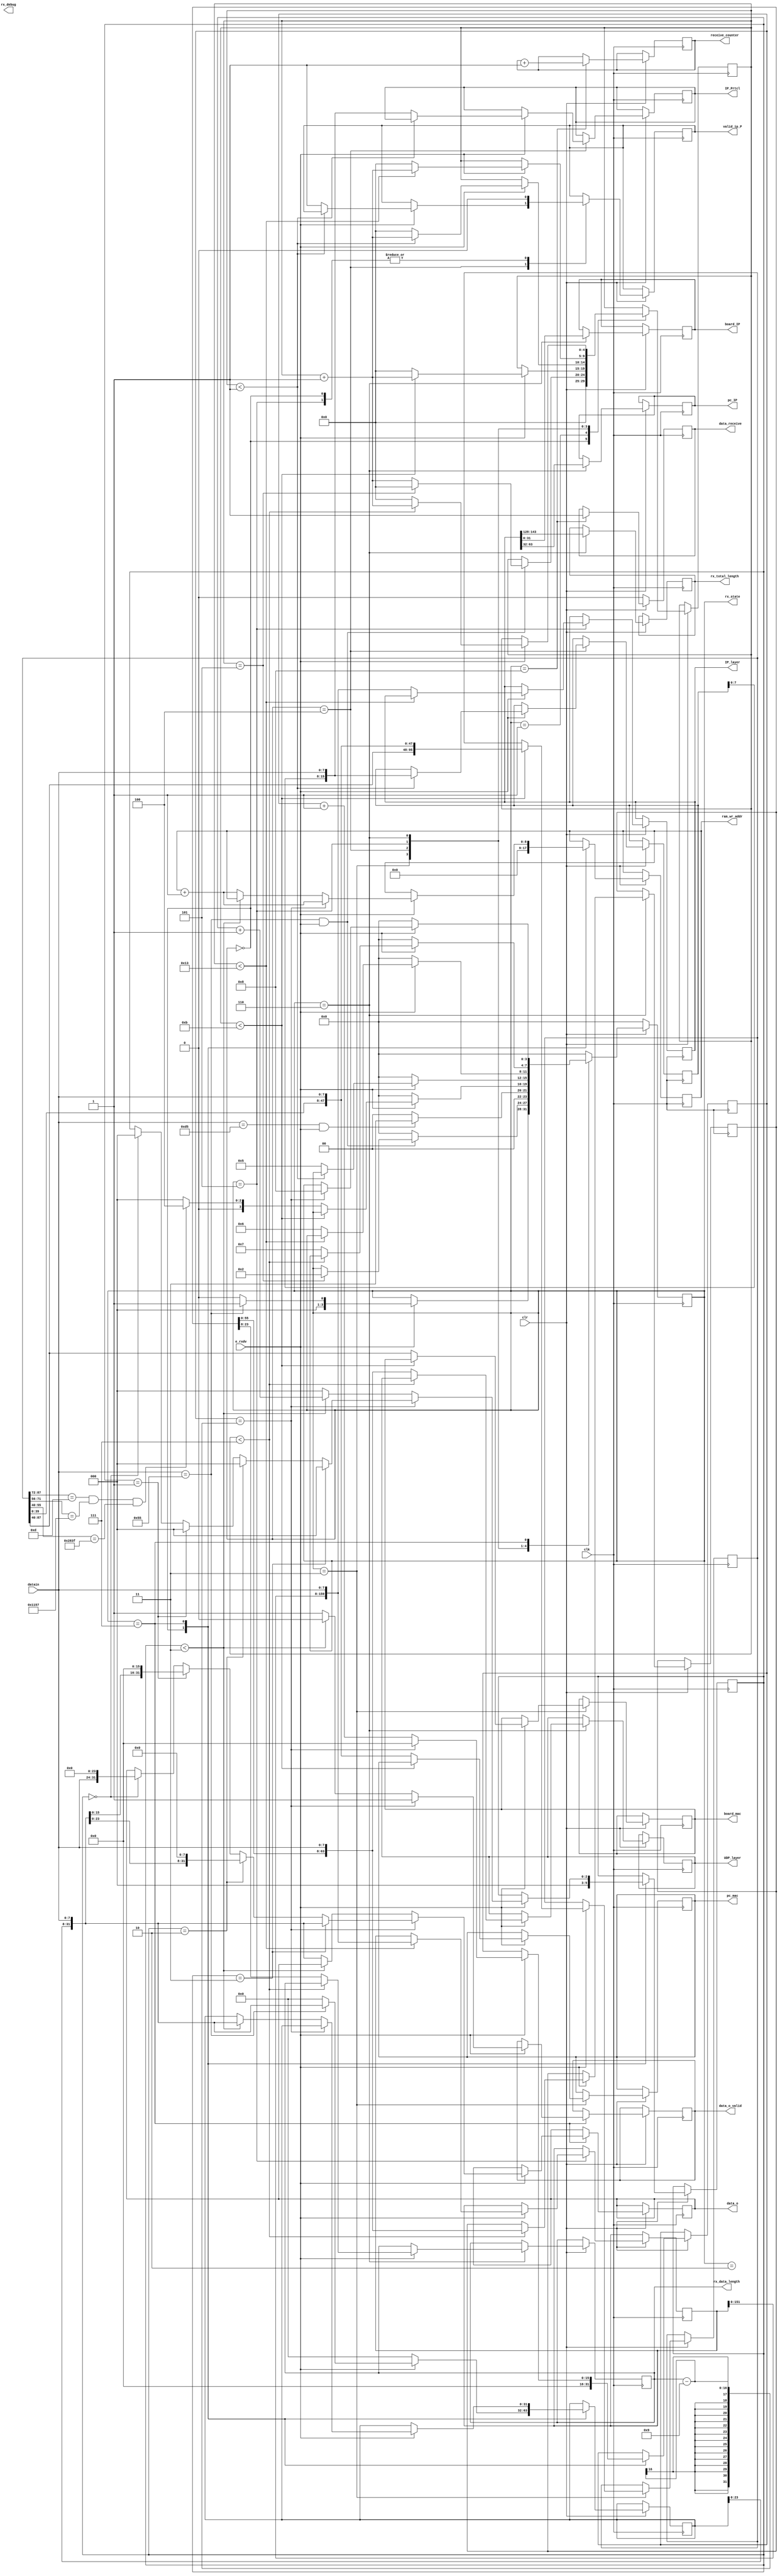
`timescale 1ns / 1ps
/****************************************/
//      GMII UDP//
/****************************************/
module iprecieve(
					 input clk,                                  //GMII
					 input [7:0] datain,                         //GMII
					 input e_rxdv,                               //GMII
					 input clr,                                  ///
					 output reg [47:0]  board_mac,               //MAC
					 output reg [47:0]  pc_mac,	               //PCMAC 
					 output reg [15:0]  IP_Prtcl,                //IP 
					 output reg         valid_ip_P,					 
					 output reg [159:0] IP_layer,                //IP 
					 output reg [31:0]  pc_IP,                   //PCIP
					 output reg [31:0]  board_IP,                //IP	 
					 output reg [63:0]  UDP_layer,               //UDP	 

					 output reg [31:0]  data_o,                  //UDP            

					 output reg [15:0]  rx_total_length,         //UDP frame
					 output reg         data_o_valid,            //UDP// 
					 output reg [3:0]   rx_state,			         //	
					 output reg [3:0]   rx_debug,
					 output reg [15:0]  rx_data_length,          //UDP
					 output reg [8:0]   ram_wr_addr,             //ram
					 output reg [31:0]	receive_counter,
					 output reg         data_receive             //UDP
									
		         );

reg [15:0] myIP_Prtcl;
reg [159:0] myIP_layer;
reg [63:0] myUDP_layer;
reg [31:0] mydata; 
reg [2:0] byte_counter;
reg [4:0] state_counter;
reg [95:0] mymac;
reg [15:0] data_counter;
	 
parameter idle=4'd0,six_55=4'd1,spd_d5=4'd2,rx_mac=4'd3,rx_IP_Protocol=4'd4,
	       rx_IP_layer=4'd5,rx_UDP_layer=4'd6,rx_data=4'd7,rx_finish=4'd8;
	 
initial
begin
	 rx_state<=idle;
	 ram_wr_addr<=0;
	 receive_counter<=0;
	 data_o_valid<=1'b1;
end

//UDP	 	
always@(posedge clk)
	begin
	   if(!clr) begin
		    rx_state<=idle;
			data_receive<=1'b0;
			//rx_debug <= 4'd0;
		end
		else
		case(rx_state)
			idle: begin
			    valid_ip_P<=1'b0;
			    byte_counter<=3'd0;
                data_counter<=10'd0;
				mydata<=32'd0;
			    state_counter<=5'd0;	
				//data_o_valid<=1'b0; 
				ram_wr_addr<=0;
				if(e_rxdv==1'b1) begin                           //
					if(datain[7:0]==8'h55) begin                  //55//
						rx_state<=six_55;                          
						mydata<={mydata[23:0],datain[7:0]};
					end
					else
						rx_state<=idle;
				    end
		        end		
			six_55: begin                                              //60x55//
				//rx_debug<=4'd1;
				if ((datain[7:0]==8'h55)&&(e_rxdv==1'b1)) begin
                    if (state_counter==5) begin
					    state_counter<=0;
						rx_state<=spd_d5;
					end
						else
							state_counter<=state_counter+1'b1;
						end
				else			
				  rx_state<=idle;
			end
			spd_d5: begin                                              //10xd5//
				//rx_debug<=4'd1;
				if((datain[7:0]==8'hd5)&&(e_rxdv==1'b1)) 
					rx_state<=rx_mac;			
				else 
					rx_state<=idle;
			end	
			rx_mac: begin                    //mac addressmac address
				//rx_debug<=4'd2;
				if(e_rxdv==1'b1)	begin
					if(state_counter<5'd11)	begin
						  mymac<={mymac[87:0],datain};
						  state_counter<=state_counter+1'b1;
					end
					else begin
						board_mac<=mymac[87:40];
						pc_mac<={mymac[39:0],datain};
						state_counter<=5'd0;
						if((mymac[87:72]==16'h000d)&&(mymac[71:56]==16'h1157)&&(mymac[55:40]==16'h283f))   //MAC AddressFPGA
						   rx_state<=rx_IP_Protocol;
						else
						   rx_state<=idle;
					end
				end
				else
				   rx_state<=idle;				
			end
			rx_IP_Protocol: begin                                              //2IP TYPE//
				//rx_debug<=4'd3;
				if(e_rxdv==1'b1) begin
					if(state_counter<5'd1) begin
						myIP_Prtcl<={myIP_Prtcl[7:0],datain[7:0]};
						state_counter<=state_counter+1'b1;
					end
					else	begin
						IP_Prtcl<={myIP_Prtcl[7:0],datain[7:0]};
						valid_ip_P<=1'b1;
						state_counter<=5'd0;
						rx_state<=rx_IP_layer;
					end
				end
				else 
					rx_state<=idle;
			end		  
			rx_IP_layer: begin               //20udp,ip address
				//rx_debug<=4'd6;
				valid_ip_P<=1'b0;
				if(e_rxdv==1'b1) begin
					if(state_counter<5'd19)	begin
						myIP_layer<={myIP_layer[151:0],datain[7:0]};
						state_counter<=state_counter+1'b1;
					end
					else begin
						IP_layer<={myIP_layer[151:0],datain[7:0]};
						state_counter<=5'd0;
						rx_state<=rx_UDP_layer;
					end
				end
				else 
				   rx_state<=idle;
			end 					
			rx_UDP_layer: begin                //8UDPUDP	
				//rx_debug<=4'd7;
				rx_total_length<=IP_layer[143:128];
				pc_IP<=IP_layer[63:32];
				board_IP<=IP_layer[31:0];
				if(e_rxdv==1'b1) begin
					if(state_counter<5'd7)	begin
						myUDP_layer<={myUDP_layer[55:0],datain[7:0]};
						state_counter<=state_counter+1'b1;
					end
					else begin
						UDP_layer<={myUDP_layer[55:0],datain[7:0]};
						rx_data_length<= myUDP_layer[23:8];                //UDP						
						state_counter<=5'd0;
						rx_state<=rx_data;
					end
				end
				else 
				   rx_state<=idle;
			end  
			rx_data: begin                                             //UDP   
					//rx_debug<=4'd8;
					if(e_rxdv==1'b1) begin
					   if (data_counter==rx_data_length-9) begin         //,UDP8UDP
						    data_counter<=0;
							rx_state<=rx_finish;
							ram_wr_addr<=ram_wr_addr+1'b1;	  //RAM1
							//rx_debug<=ram_wr_addr[4:0];
							data_o_valid<=1'b1;               //RAM 							 
						    if(byte_counter==3'd3) begin                        //32bit, 0
								data_o<={mydata[23:0],datain[7:0]};
								byte_counter<=0;
							end
						    else if(byte_counter==3'd2) begin
						        data_o<={mydata[15:0],datain[7:0],8'h00};       //24bit, 32bit,80
								byte_counter<=0;
							end
						    else if(byte_counter==3'd1) begin
						        data_o<={mydata[7:0],datain[7:0],16'h0000};     //16bit, 32bit,160
								byte_counter<=0;
							end
						    else if(byte_counter==3'd0) begin
						        data_o<={datain[7:0],24'h000000};              //8bit, 32bit,240
								byte_counter<=0;
							end
						end
						else begin
							data_counter<=data_counter+1'b1;
						    if(byte_counter<3'd3)	begin
								mydata<={mydata[23:0],datain[7:0]};
								byte_counter<=byte_counter+1'b1;
								data_o_valid<=1'b0;  
							end
							else begin
						        data_o<={mydata[23:0],datain[7:0]};
								//rx_debug<=data_o[4:0];
						        byte_counter<=3'd0;
								data_o_valid<=1'b1;                        //4byes,ram
								ram_wr_addr<=ram_wr_addr+1'b1;
								//rx_debug<=ram_wr_addr[4:0];
                    end	
                  end							 
               end
					else
  					    rx_state<=idle;
			end 
			rx_finish: begin
				//rx_debug<=4'd9;
   				//data_o_valid<=1'b0; 
				receive_counter<=receive_counter+1;
				data_receive<=1'b1;
                rx_state<=idle;
			end		
			default:rx_state<=idle;    
		endcase
		end
endmodule